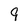
Character: 9